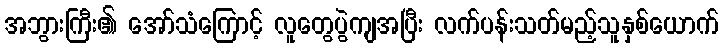
အဘွားကြီး၏ အော်သံကြောင့် လူတွေပွဲကျအပြီး လက်ပန်းသတ်မည့်သူနှစ်ယောက်